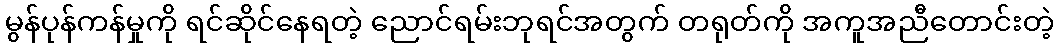
မွန်ပုန်ကန်မှုကို ရင်ဆိုင်နေရတဲ့ ညောင်ရမ်းဘုရင်အတွက် တရုတ်ကို အကူအညီတောင်းတဲ့